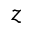
z